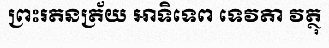
ព្រះរតនត្រ័យ អាទិទេព ទេវតា វត្ថុ